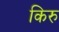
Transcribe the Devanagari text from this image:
किरु